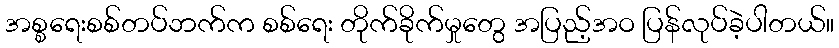
အစ္စရေးစစ်တပ်ဘက်က စစ်ရေး တိုက်ခိုက်မှုတွေ အပြည့်အဝ ပြန်လုပ်ခဲ့ပါတယ်။